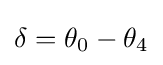
\delta =\theta _{0}-\theta _{4}